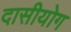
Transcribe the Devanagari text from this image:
दासीयोग